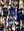
ان